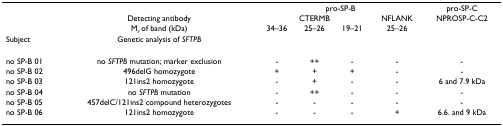
<table><thead><tr><td></td><td></td><td colspan="4"><b>pro-SP-B</b></td><td><b>pro-SP-C</b></td></tr><tr><td></td><td><b>Detecting antibody</b></td><td colspan="3"><b>CTERMB</b></td><td><b>NFLANK</b></td><td><b>NPROSP-C-C2</b></td></tr><tr><td></td><td><b>M<sub>r </sub>of band (kDa)</b></td><td><b>34–36</b></td><td><b>25–26</b></td><td><b>19–21</b></td><td><b>25–26</b></td><td></td></tr><tr><td><b>Subject</b></td><td><b>Genetic analysis of <i>SFTPB</i></b></td><td></td><td></td><td></td><td></td><td></td></tr></thead><tbody><tr><td>no SP-B 01</td><td>no <i>SFTPB </i>mutation; marker exclusion</td><td>-</td><td>++</td><td>-</td><td>-</td><td>-</td></tr><tr><td>no SP-B 02</td><td>496delG homozygote</td><td>+</td><td>+</td><td>+</td><td>-</td><td>-</td></tr><tr><td>no SP-B 03</td><td>121ins2 homozygote</td><td>-</td><td>+</td><td>-</td><td>-</td><td>6 and 7.9 kDa</td></tr><tr><td>no SP-B 04</td><td>no <i>SFTPB </i>mutation</td><td>-</td><td>++</td><td>-</td><td>-</td><td>-</td></tr><tr><td>no SP-B 05</td><td>457delC/121ins2 compound heterozygotes</td><td>-</td><td>-</td><td>-</td><td>-</td><td>-</td></tr><tr><td>no SP-B 06</td><td>121ins2 homozygote</td><td>-</td><td>-</td><td>-</td><td>+</td><td>6.6. and 9 kDa</td></tr></tbody></table>